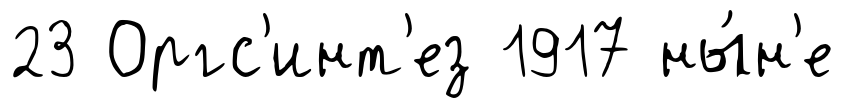
23 Оргс'инт'ез 1917 ны́н'е